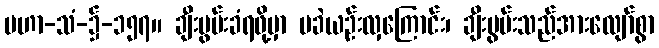
မဟာ-သံ-၌-၁၅၇။ ချီးမွမ်းခံရဖို့မှာ မခဲယဉ်းလှကြောင်း၊ ချီးမွမ်းသည်အားလျော်စွာ